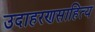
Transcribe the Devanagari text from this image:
उदाहरणसाहित्य